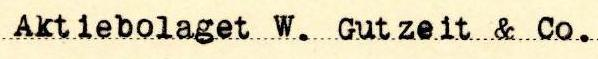
Aktiebolaget W. Gutzeit & Co.